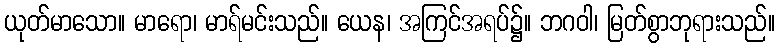
ယုတ်မာသော။ မာရော၊ မာရ်မင်းသည်။ ယေန၊ အကြင်အရပ်၌။ ဘဂဝါ၊ မြတ်စွာဘုရားသည်။